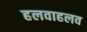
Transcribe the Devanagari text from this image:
हलवाहलव